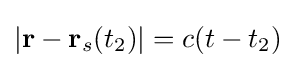
|\mathbf {r} -\mathbf {r} _{s}(t_{2})|=c(t-t_{2})